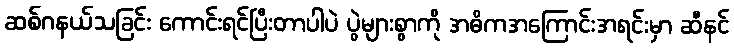
ဆစ်ဂနယ်သခြင်း ကောင်းရင်ပြီးတာပါပဲ ပွဲများစွာကို အဓိကအကြောင်းအရင်းမှာ ဆီနင်